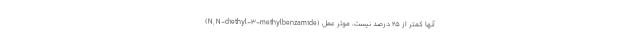
(N, N-diethyl-3-methylbenzamide) آنها کمتر از 25 درصد نیست، موثر عمل